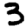
Digit: 3